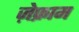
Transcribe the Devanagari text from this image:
ज़ेफ्राम